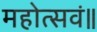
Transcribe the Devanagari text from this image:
महोत्सवं॥